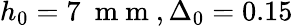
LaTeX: h_{0}=7~\mathrm{~m~m~},\Delta_{0}=0.15